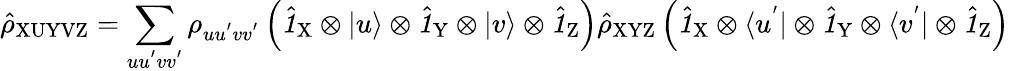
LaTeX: \hat{\rho}_{\mathrm{XUYVZ}}=\sum_{uu^{'}vv^{'}}\rho_{uu^{'}vv^{'}}\left(\hat{\textbf{\textit{1}}\, }_{\! \mathrm{X}}\otimes|u\rangle\otimes\hat{\textbf{\textit{1}}\, }_{\! \mathrm Y}\otimes|v\rangle\otimes\hat{\textbf{\textit{1}}\, }_{\! \mathrm Z}\right)\hat{\rho}_{\mathrm{XYZ}}\left(\hat{\textbf{\textit{1}}\, }_{\! \mathrm{X}}\otimes\langle u^{'}|\otimes\hat{\textbf{\textit{1}}\, }_{\! \mathrm Y}\otimes\langle v^{'}|\otimes\hat{\textbf{\textit{1}}\, }_{\! \mathrm Z}\right)